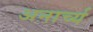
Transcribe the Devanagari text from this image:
अनार्च्य